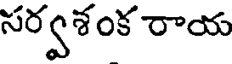
సర్వశంక రాయ